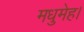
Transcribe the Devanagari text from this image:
मधुमेह।